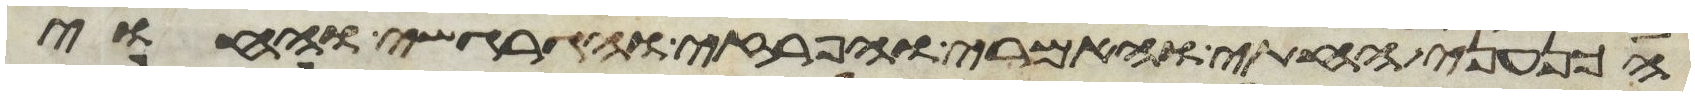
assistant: הכנעני החתי והאמרי והפרזי והגרגשי והחוי